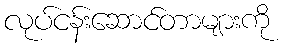
လုပ်ငန်းဆောင်တာများကို